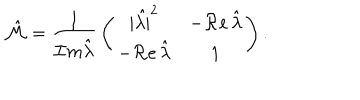
LaTeX: \hat { \cal M } = { \frac { 1 } { { \cal I } m \hat { \lambda } } } \left( \begin{matrix} { { | \hat { \lambda | } ^ { 2 } } } & { { - { \cal R } e \, \hat { \lambda } } } \\ { { - { \cal R } e \, \hat { \lambda } } } & { { 1 } } \\ \end{matrix} \right) .